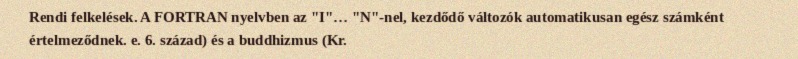
Rendi felkelések. A FORTRAN nyelvben az "I"… "N"-nel, kezdődő változók automatikusan egész számként értelmeződnek. e. 6. század) és a buddhizmus (Kr.